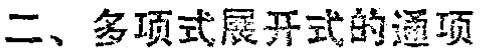
二、多项式展开式的通项